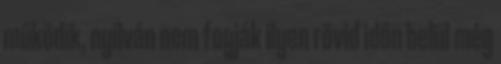
működik, nyilván nem fogják ilyen rövid időn belül még